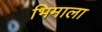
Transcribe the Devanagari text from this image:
भिमाला